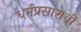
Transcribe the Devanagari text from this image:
धर्मप्रसाराची